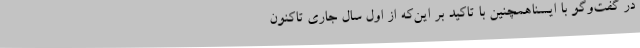
در گفت‌وگو با ایسناهمچنین با تاکید بر این‌که از اول سال جاری تاکنون